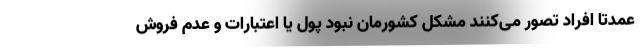
عمدتا افراد تصور می‌کنند مشکل کشورمان نبود پول یا اعتبارات و عدم فروش